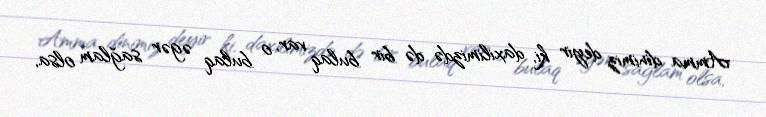
Amma dinimiz deyir ki, daxilimizdə də bir bulaq var, o bulaq əgər sağlam olsa,